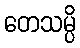
တေသမ္ပိ